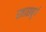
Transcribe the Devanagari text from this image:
स्त्रासबूर्ग